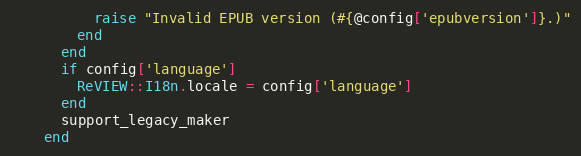
Language: Ruby
          raise "Invalid EPUB version (#{@config['epubversion']}.)"
        end
      end
      if config['language']
        ReVIEW::I18n.locale = config['language']
      end
      support_legacy_maker
    end